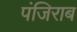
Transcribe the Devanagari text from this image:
पंजिराब